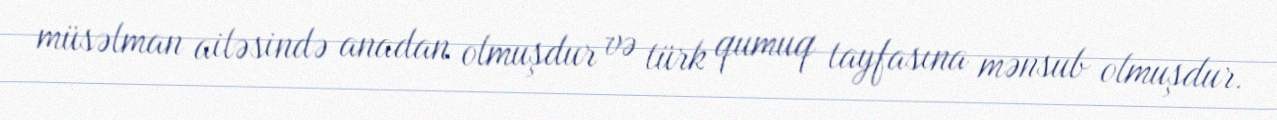
müsəlman ailəsində anadan olmuşdur və türk qumuq tayfasına mənsub olmuşdur.